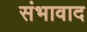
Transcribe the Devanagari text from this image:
संभावाद